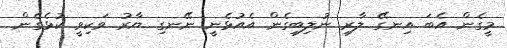
މީގެން އެބަ އިނގޭ ލާރި ނުލިބިގެން އެއުޅެނީ ނޭނގި ޔާރު ވަކިވީ ކުޅެގެން